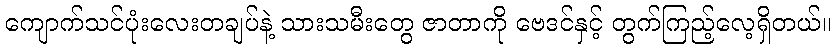
ကျောက်သင်ပုံးလေးတချပ်နဲ့ သားသမီးတွေ ဇာတာကို ဗေဒင်နှင့် တွက်ကြည့်လေ့ရှိတယ်။